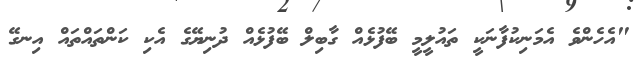
"އެހެންވެ އެމަނިކުފާނަކީ ތައުލީމީ ބޭފުޅެއް ގާބިލް ބޭފުޅެއް ދުނިޔޭގެ އެކި ކަންތައްތައް އިނގޭ